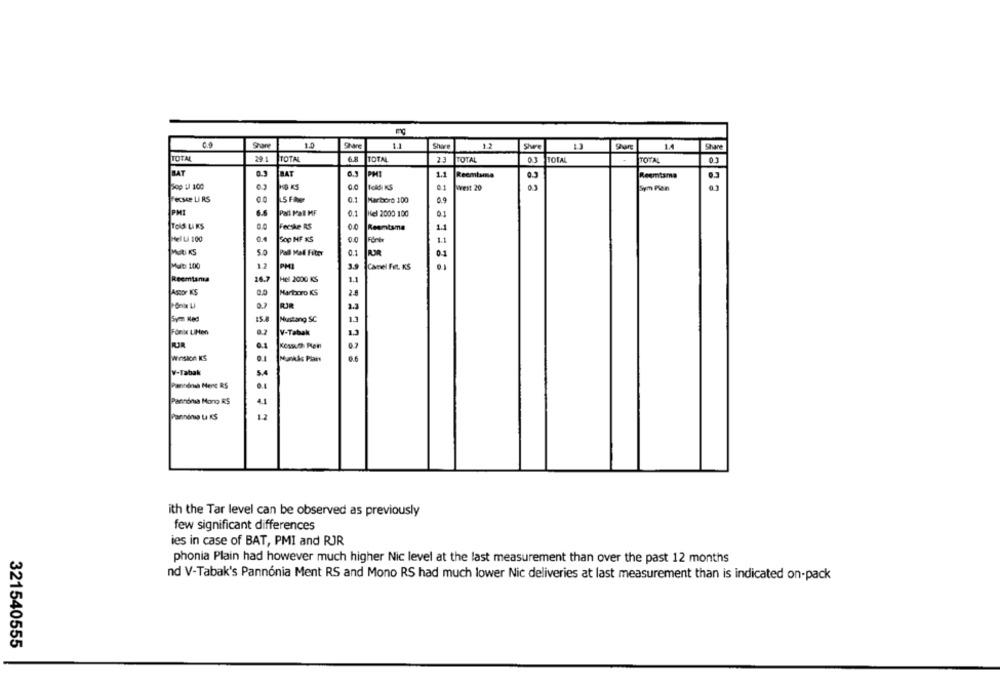
0.9
1.0
1.1
Shure
Share
TOTAL
29.1
TOTAL
6.8
TOTAL
TOTAL
2.3
ITOTAL
TOTAL
01
BAT
BAT
PMI
1.1
Reemtsma
0.3
Reemtsma
00
TokSI KS
0
0 KS
West 20
Sym Pian
Fecske LI RS
SEAe
0.1
Marboro 100
6.6
Pall Mall MF
0.1
Nel 2000 100
Told LIKS
Fecske RS
06
Reemtsma
sel Li 100
0.
500 MF KS
00
Före
5.0
Pall Mall Filtry
0.1
0.1
MUND 100
12
PMI
29
Camel Filt. KS
Reemtama
16.7
Hel 2000 KS
ASBOY KS
2.5
Martoro KS
RJR
Mustang SC
V-Tabak
0.1
Winston KS
0.1
Munkás Pian
W-Tabak
5.4
Pannonsa Mere RS
Pannónia Mono RS
4.1
Pannónia La KS
12
ith the Tar level can be observed as previously
few significant differences
ies in case of BAT, PMI and RJR
phonia Plain had however much higher Nic level at the last measurement than over the past 12 months
nd V-Tabak's Pannónia Ment RS and Mono RS had much lower Nic deliveries at last measurement than is indicated on-pack
321540555